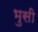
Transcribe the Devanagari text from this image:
भुसी